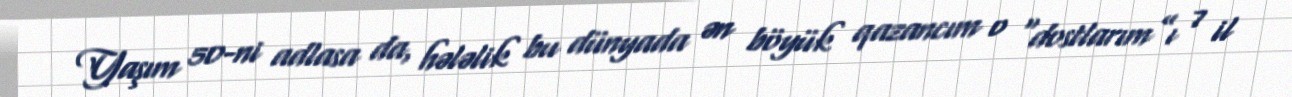
Yaşım 50-ni adlasa da, hələlik bu dünyada ən böyük qazancım o “dostlarım”ı 7 il